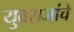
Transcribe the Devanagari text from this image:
युवराजांचे